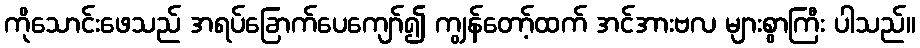
ကိုသောင်းဖေသည် အရပ်ခြောက်ပေကျော်၍ ကျွန်တော့်ထက် အင်အားဗလ များစွာကြီး ပါသည်။